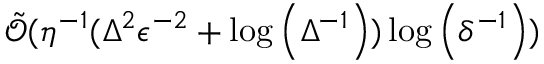
\tilde { \mathcal { O } } ( \eta ^ { - 1 } ( \Delta ^ { 2 } \epsilon ^ { - 2 } + \log \left( \Delta ^ { - 1 } \right) ) \log \left( \delta ^ { - 1 } \right) )